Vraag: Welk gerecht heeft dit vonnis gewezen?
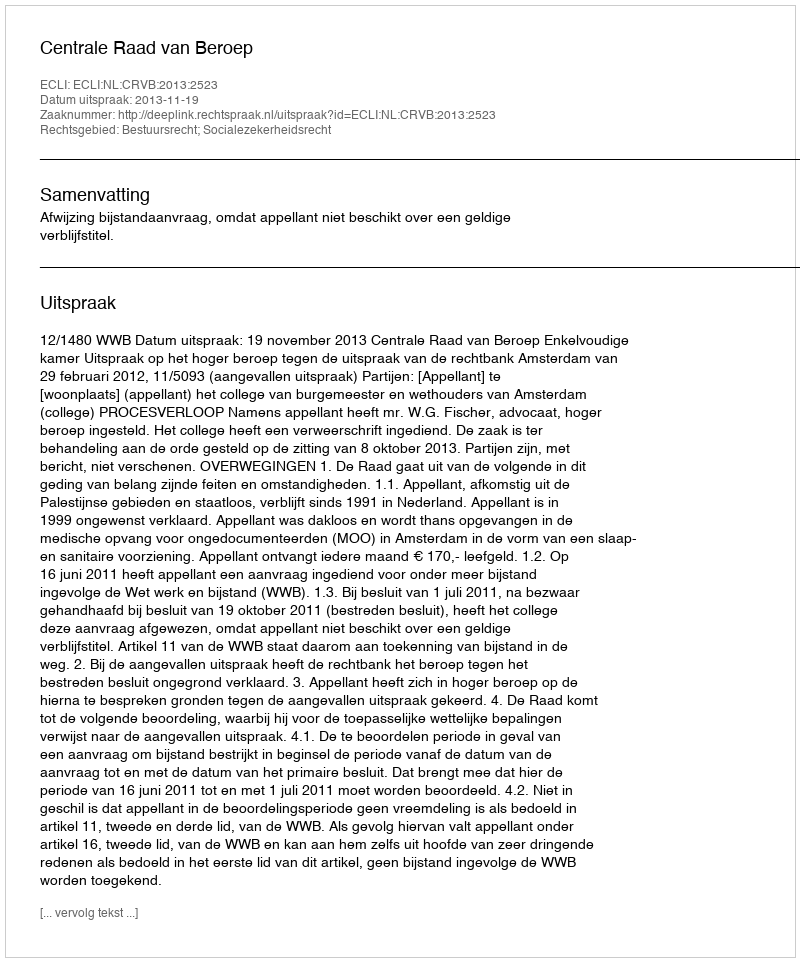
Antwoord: Centrale Raad van Beroep